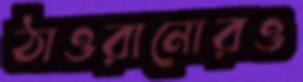
ঠাওরানোরও